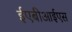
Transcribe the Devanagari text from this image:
ईएबीआईएस